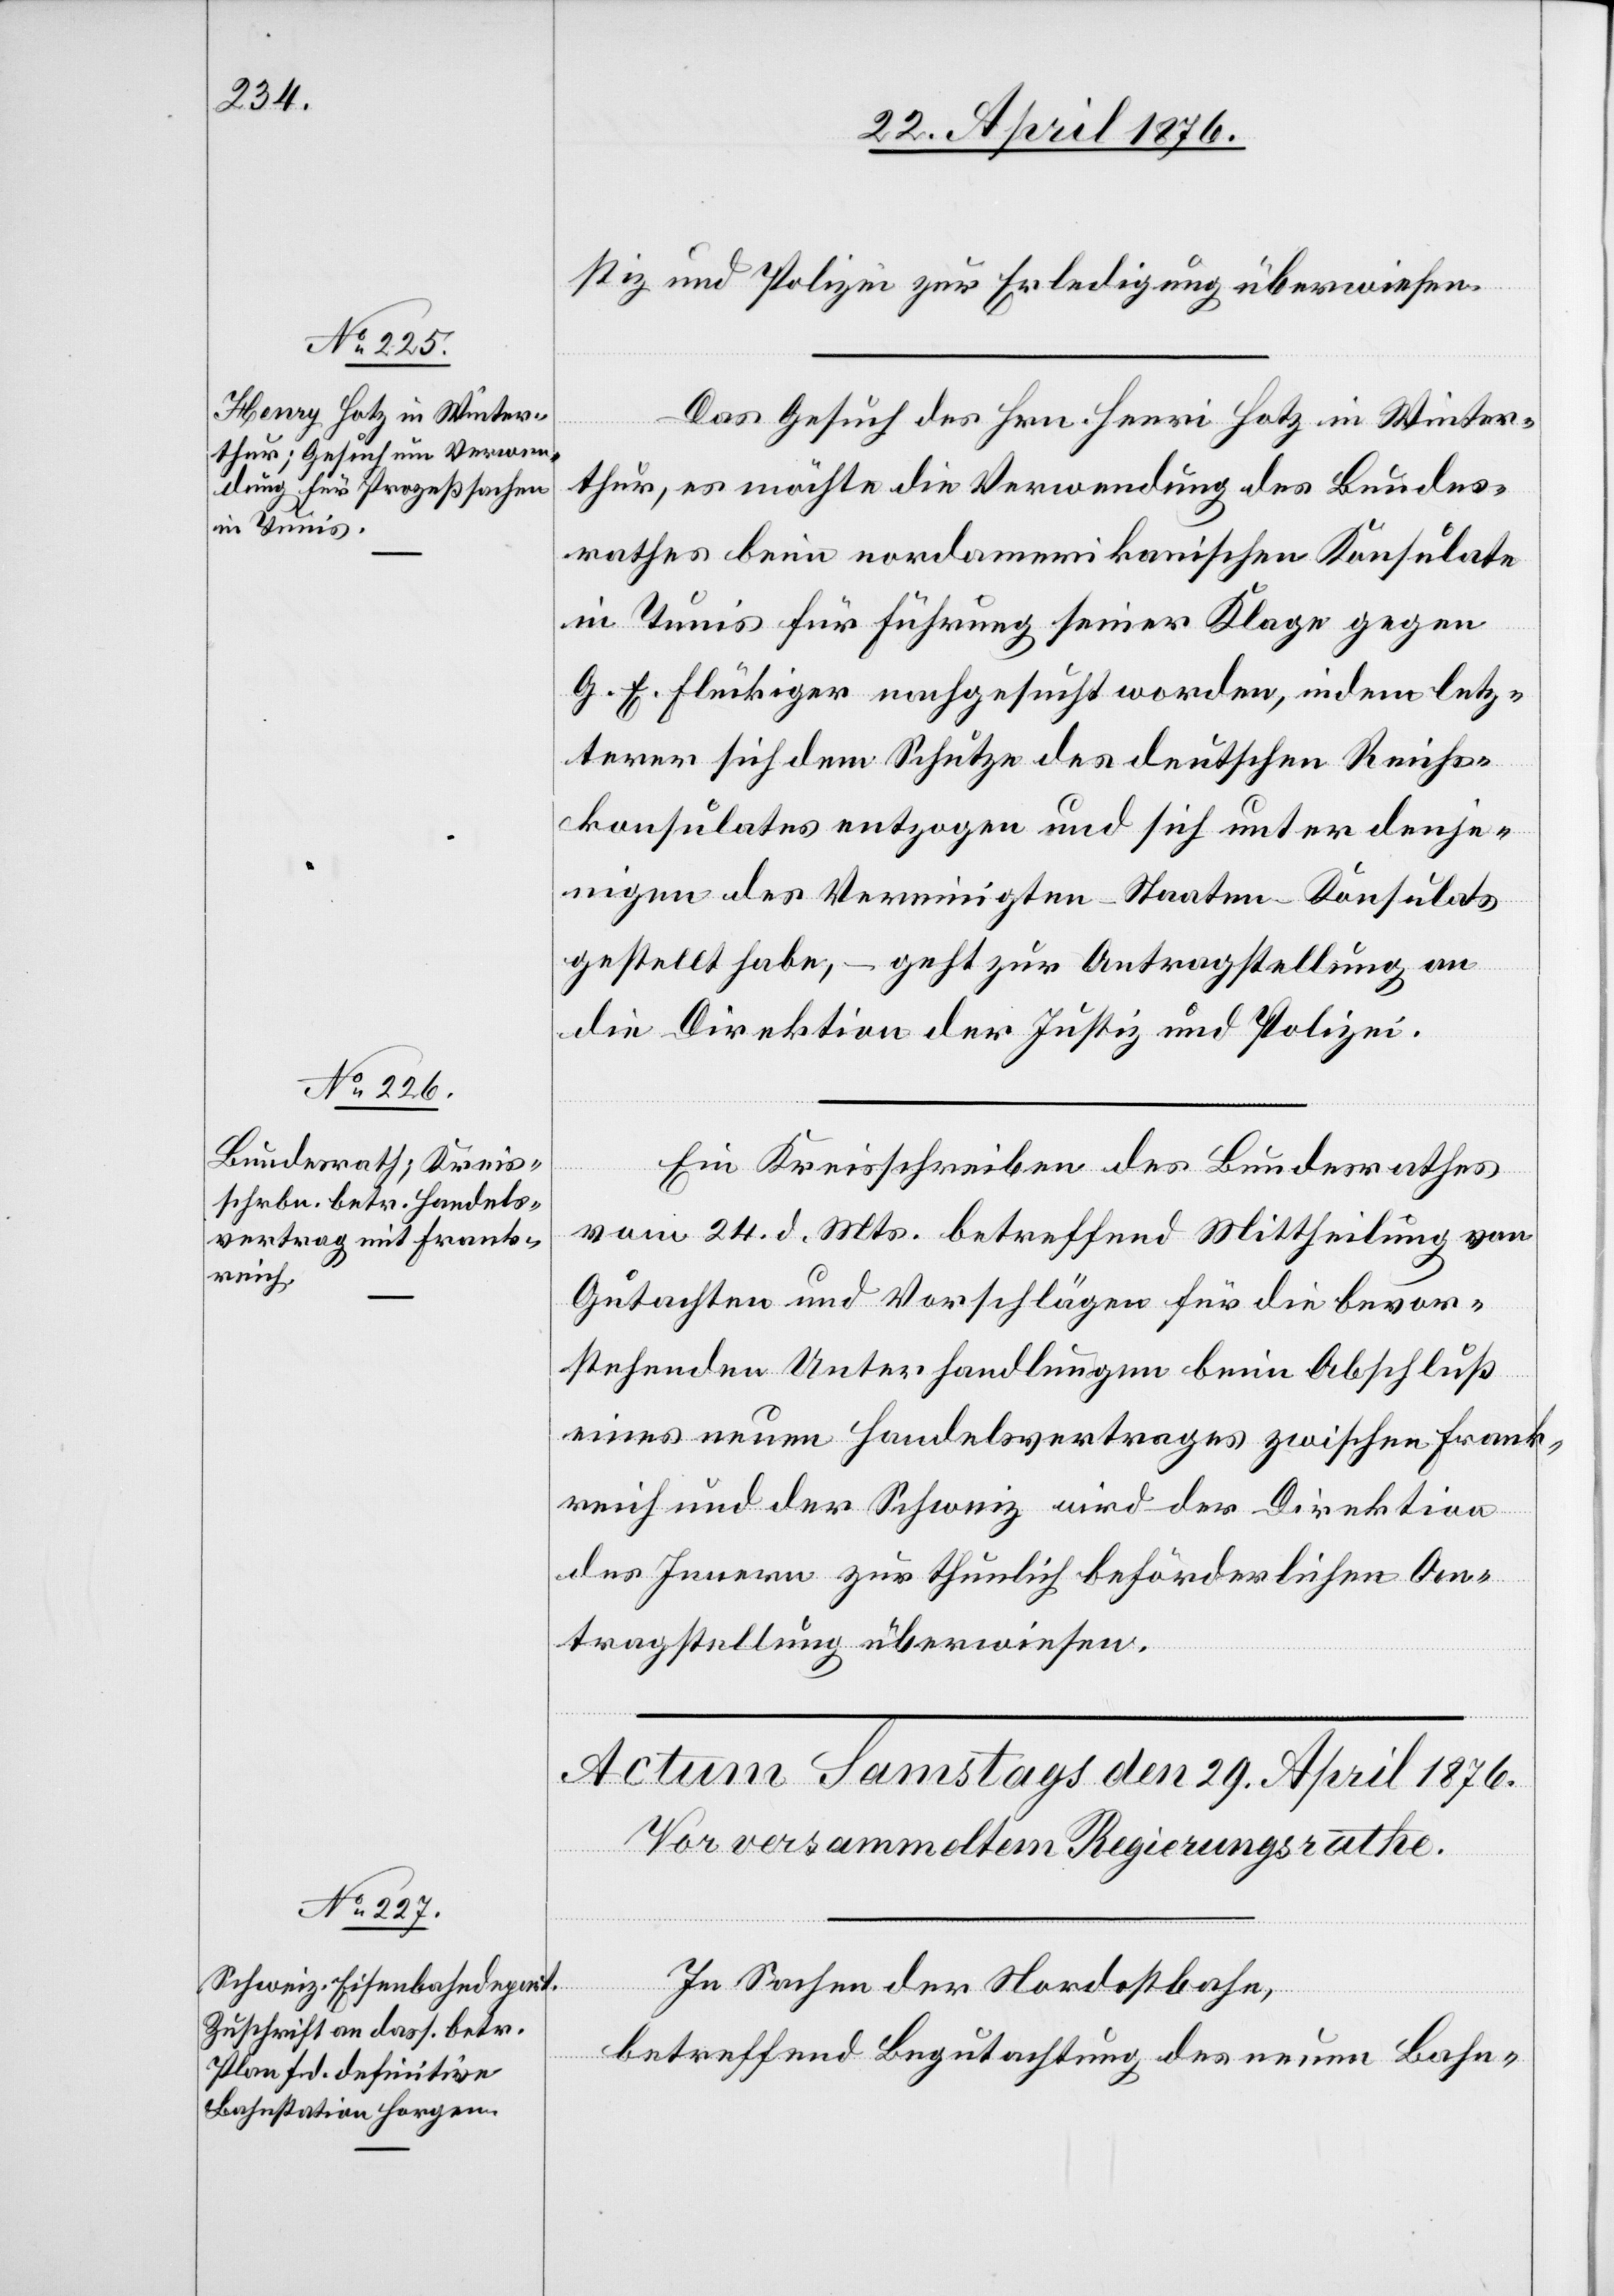
28. April 1876.]
stiz und Polizei zur Erledigung überwiesen.
[Präsidial-Verfügungen
Das Gesuch des Hrn. Henri [sic!] Hotz in Winter¬
thur, es möchte die Verwendung des Bundes¬
rathes beim nordamerikanischen Konsulate
Tunis für Führung seiner Klage gegen
G. E. Flückiger nachgesucht worden [sic!], indem letz¬
terer sich dem Schutze des deutschen Reichs¬
konsulates entzogen und sich unter denje¬
nigen des Vereinigten-Staaten-Konsulats
gestellt habe, – geht zur Antragstellung an
die Direktion der Justiz und Polizei.
Ein Kreisschreiben des Bundesrathes
vom 24. d. Mts. betreffend Mittheilung von
Gutachten und Vorschlägen für die bevor¬
stehenden Unterhandlungen beim Abschluß
eines neuen Handelsvertrages zwischen Frank¬
reich und der Schweiz wird der Direktion
des Innern zur thunlich beförderlichen An¬
tragstellung überwiesen.
In Sachen der Nordostbahn,
betreffend Begutachtung des neuen Bahn-